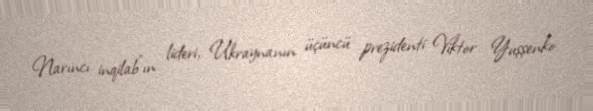
Narıncı inqilab"ın lideri, Ukraynanın üçüncü prezidenti Viktor Yuşşenko